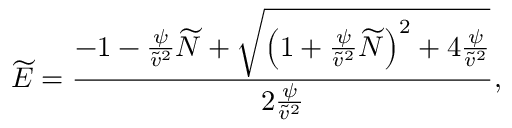
\widetilde { E } = \frac { - 1 - \frac { \psi } { \widetilde { v } ^ { 2 } } \widetilde { N } + \sqrt { \left( 1 + \frac { \psi } { \widetilde { v } ^ { 2 } } \widetilde { N } \right) ^ { 2 } + 4 \frac { \psi } { \widetilde { v } ^ { 2 } } } } { 2 \frac { \psi } { \widetilde { v } ^ { 2 } } } ,